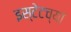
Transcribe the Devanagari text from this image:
इस्टेटच्या